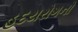
હદયરોગનો